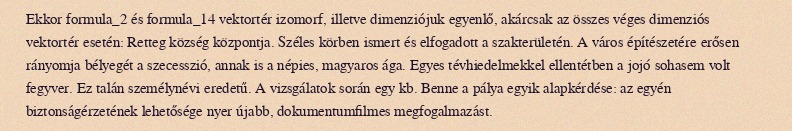
Ekkor formula_2 és formula_14 vektortér izomorf, illetve dimenziójuk egyenlő, akárcsak az összes véges dimenziós vektortér esetén: Retteg község központja. Széles körben ismert és elfogadott a szakterületén. A város építészetére erősen rányomja bélyegét a szecesszió, annak is a népies, magyaros ága. Egyes tévhiedelmekkel ellentétben a jojó sohasem volt fegyver. Ez talán személynévi eredetű. A vizsgálatok során egy kb. Benne a pálya egyik alapkérdése: az egyén biztonságérzetének lehetősége nyer újabb, dokumentumfilmes megfogalmazást.